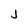
Character: J